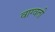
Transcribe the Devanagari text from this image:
वाग्वती